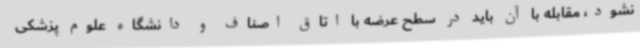
نشود، مقابله با آن باید در سطح عرضه با اتاق اصناف و دانشگاه علوم پزشکی